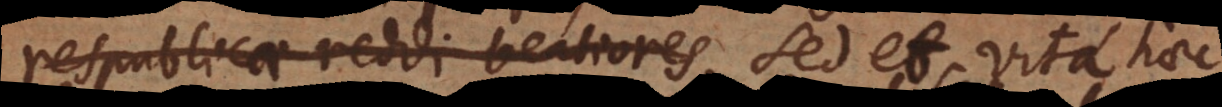
respublicae reddi beatiores, sed et vita hae